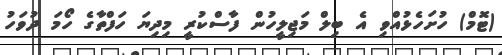
(ޓޮމް) ހުށަހެޅުއްވި އެ ބިލް މަޖިލީހުން ފާސްކުރީ މިދިޔަ ހަފްތާގެ ހޯމަ ދުވަހު